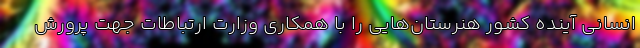
انسانی آینده کشور هنرستان‌هایی را با همکاری وزارت ارتباطات جهت پرورش